Vaccination in Burma 1912-1922 - 1912-1922
Year: 1912
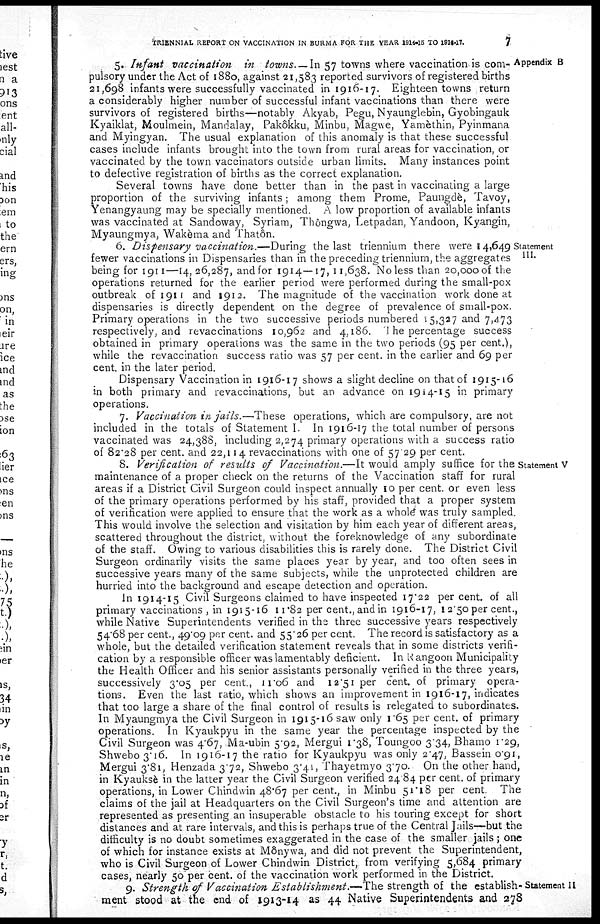
TRIENNIAL REPORT ON VACCINATION IN BURMA FOR THE YEAR 1914-15 TO 1916-17.
7
Appendix B
5. Infant vaccination in towns. — In 57 towns where vaccination is com-
pulsory under the Act of 1880, against 21,583 reported survivors of registered births
21,698 infants were successfully vaccinated in 1916-17. Eighteen towns return
a considerably higher number of successful infant vaccinations than there were
survivors of registered births—notably Akyab, Pegu, Nyaunglebin, Gyobingauk
Kyaiklat, Moulmein, Mandalay, Pakôkku, Minbu, Magwe, Yamèthin, Pyinmana
and Myingyan. The usual explanation of this anomaly is that these successful
cases include infants brought into the town from rural areas for vaccination, or
vaccinated by the town vaccinators outside urban limits. Many instances point
to defective registration of births as the correct explanation.
Several towns have done better than in the past in vaccinating a large
proportion of the surviving infants; among them Prome, Paungdè, Tavoy,
Yenangyaung may be specially mentioned. A low proportion of available infants
was vaccinated at Sandoway, Syriam, Thôngwa, Letpadan, Yandoon, Kyangin,
Myaungmya, Wakèma and Thatôn.
Statement
III.
6. Dispensary vaccination.—During the last triennium there were 14,649
fewer vaccinations in Dispensaries than in the preceding triennium, the aggregates
being for 1911—14, 26,287, and for 1914—17, 11,638. No less than 20,000 of the
operations returned for the earlier period were performed during the small-pox
outbreak of 1911 and 1912. The magnitude of the vaccination work done at
dispensaries is directly dependent on the degree of prevalence of small-pox.
Primary operations in the two successive periods numbered 15,327 and 7,473
respectively, and revaccinations 10,962 and 4,186. The percentage success
obtained in primary operations was the same in the two periods (95 per cent.),
while the revaccination success ratio was 57 per cent. in the earlier and 69 per
cent. in the later period.
Dispensary Vaccination in 1916-17 shows a slight decline on that of 1915-16
in both primary and revaccinations, but an advance on 1914-15 in primary
operations.
Statement V
7. Vaccination in jails.—These operations, which are compulsory, are not
included in the totals of Statement I. In 1916-17 the total number of persons
vaccinated was 24,388, including 2,274 primary operations with a success ratio
of 82.28 per cent. and 22,114 revaccinations with one of 57.29 per cent.
8. Verification of results of Vaccination.—It would amply suffice for the
maintenance of a proper check on the returns of the Vaccination staff for rural
areas if a District Civil Surgeon could inspect annually 10 per cent. or even less
of the primary operations performed by his staff, provided that a proper system
of verification were applied to ensure that the work as a whole was truly sampled.
This would involve the selection and visitation by him each year of different areas,
scattered throughout the district, without the foreknowledge of any subordinate
of the staff. Owing to various disabilities this is rarely done. The District Civil
Surgeon ordinarily visits the same places year by year, and too often sees in
successive years many of the same subjects, while the unprotected children are
hurried into the background and escape detection and operation.
In 1914-15 Civil Surgeons claimed to have inspected 17.22 per cent. of all
primary vaccinations , in 1915-16 11.82 per cent., and in 1916-17, 12.50 per cent.,
while Native Superintendents verified in the three successive years respectively
54.68 per cent., 49.09 per cent. and 55.26 per cent. The record is satisfactory as a
whole, but the detailed verification statement reveals that in some districts verifi-
cation by a responsible officer was lamentably deficient. In Rangoon Municipality
the Health Officer and his senior assistants personally verified in the three years,
successively 3.05 per cent., 11.06 and 12.51 per cent. of primary opera-
tions. Even the last ratio, which shows an improvement in 1916-17, indicates
that too large a share of the final control of results is relegated to subordinates.
In Myaungmya the Civil Surgeon in 1915-16 saw only 1.65 per cent. of primary
operations. In Kyaukpyu in the same year the percentage inspected by the
Civil Surgeon was 4.67, Ma-ubin 5.92, Mergui 1.38, Toungoo 3.34, Bhamo 1.29,
Shwebo 3.16. In 1916-17 the ratio for Kyaukpyu was only 2.47, Bassein 0.91,
Mergui 3.81, Henzada 3.72, Shwebo 3.41, Thayetmyo 3.70. On the other hand,
in Kyauksè in the latter year the Civil Surgeon verified 24.84 per cent. of primary
operations, in Lower Chindwin 48.67 per cent., in Minbu 51.18 per cent. The
claims of the jail at Headquarters on the Civil Surgeon's time and attention are
represented as presenting an insuperable obstacle to his touring except for short
distances and at rare intervals, and this is perhaps true of the Central Jails—but the
difficulty is no doubt sometimes exaggerated in the case of the smaller jails; one
of which for instance exists at Mônywa, and did not prevent the Superintendent,
who is Civil Surgeon of Lower Chindwin District, from verifying 5,684 primary
cases, nearly 50 per cent. of the vaccination work performed in the District.
Statement II
9. Strength of Vaccination Establishment.— The strength of the establish-
ment stood at the end of 1913-14 as 44 Native Superintendents and 278